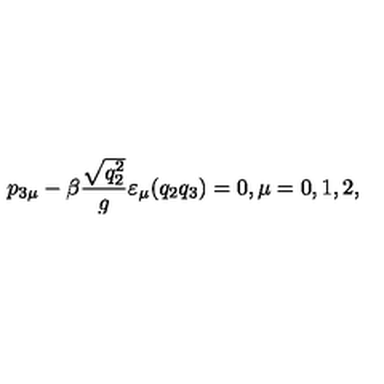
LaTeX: p _ { 3 \mu } - \beta \frac { \sqrt { q _ { 2 } ^ { 2 } } } { g } \varepsilon _ { \mu } ( q _ { 2 } q _ { 3 } ) = 0 , \mu = 0 , 1 , 2 ,